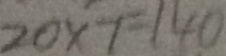
2 0 \times 7 = 1 4 0